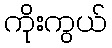
ကိုးကွယ်